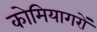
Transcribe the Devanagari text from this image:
कोमियागरों